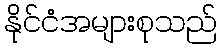
နိုင်ငံအများစုသည်